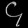
Digit: ၄